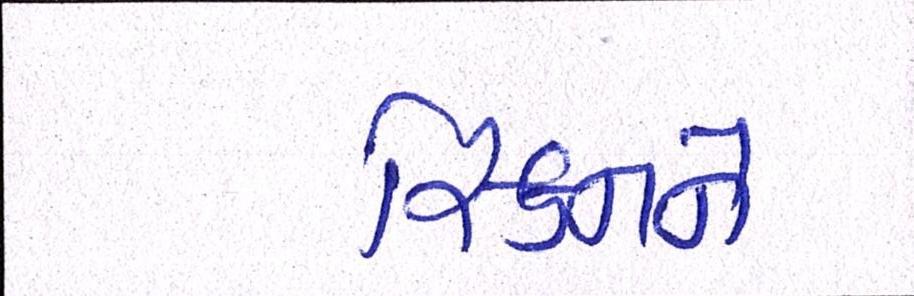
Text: સ્કિનને